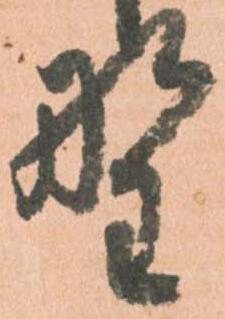
野